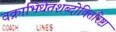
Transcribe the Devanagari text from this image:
वक्राभिधेतशब्दोक्तिरिष्टा